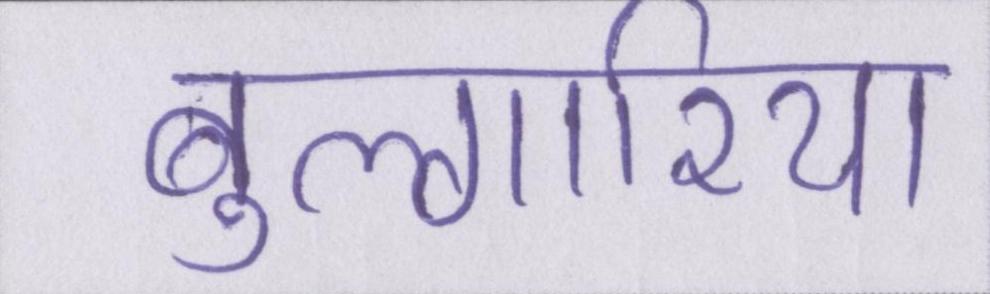
बुल्गारिया